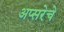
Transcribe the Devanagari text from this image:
अप्सरेचे